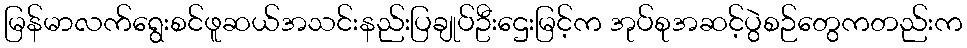
မြန်မာလက်ရွေးစင်ဖူဆယ်အသင်းနည်းပြချုပ်ဦးဌေးမြင့်က အုပ်စုအဆင့်ပွဲစဉ်တွေကတည်းက